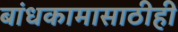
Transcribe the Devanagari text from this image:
बांधकामासाठीही